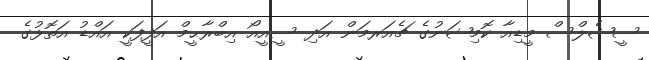
ސީޝެލްސް މީޑިއާ ކޮމިޝަނުގެ ޗެއަރމަން އަދި ސީއީއޯ އިބްރާޙީމް އަފީފަކީ އައްޑު އަތޮޅުގެ